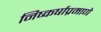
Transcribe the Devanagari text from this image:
निष्कर्षाप्रमाणे